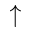
\uparrow